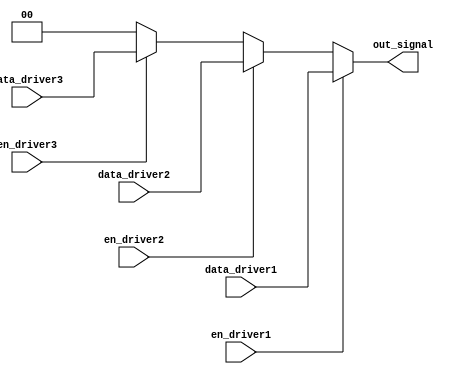
module multiple_drivers (
    input wire en_driver1,
    input wire en_driver2,
    input wire en_driver3,
    input wire [1:0] data_driver1, // 2-bit data from driver 1
    input wire [1:0] data_driver2, // 2-bit data from driver 2
    input wire [1:0] data_driver3, // 2-bit data from driver 3
    output wire [1:0] out_signal    // output signal driven by multiple drivers
);

// Internal wires for driver outputs
wire [1:0] driver1_out;
wire [1:0] driver2_out;
wire [1:0] driver3_out;

// Driver 1
assign driver1_out = en_driver1 ? data_driver1 : 2'bzz; // tri-state output

// Driver 2
assign driver2_out = en_driver2 ? data_driver2 : 2'bzz; // tri-state output

// Driver 3
assign driver3_out = en_driver3 ? data_driver3 : 2'bzz; // tri-state output

// Resolution logic: Priority encoding for output selection
assign out_signal = (en_driver1) ? driver1_out :
                    (en_driver2) ? driver2_out :
                    (en_driver3) ? driver3_out :
                    2'b00; // Default value if no driver is enabled

endmodule